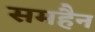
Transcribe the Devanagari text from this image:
समहैन